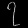
Digit: ၇